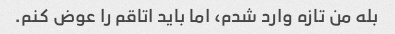
بله من تازه وارد شدم، اما باید اتاقم را عوض کنم.